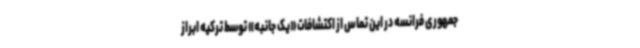
جمهوری فرانسه در این تماس از اکتشافات «یک جانبه» توسط ترکیه ابراز